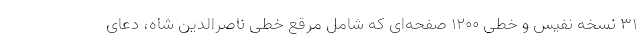
۳۱ نسخه نفیس و خطی ۱۲۰۰ صفحه‌ای که شامل مرقع خطی ناصرالدین شاه، دعای